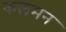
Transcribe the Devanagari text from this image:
कलमन